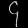
Digit: ၄